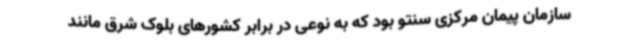
سازمان پیمان مرکزی سنتو بود که به نوعی در برابر کشورهای بلوک شرق مانند